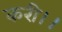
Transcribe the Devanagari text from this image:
करी।।